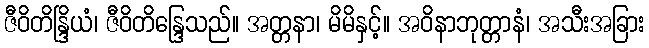
ဇီဝိတိန္ဒြိယံ၊ ဇီဝိတိန္ဒြေသည်။ အတ္တနာ၊ မိမိနှင့်။ အဝိနာဘုတ္တာနံ၊ အသီးအခြား